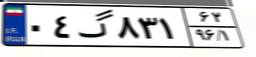
۰۴گ۸۳۱۶۲